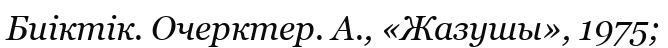
Биіктік. Очерктер. А., «Жазушы», 1975;